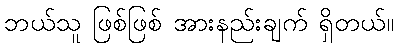
ဘယ်သူ ဖြစ်ဖြစ် အားနည်းချက် ရှိတယ်။